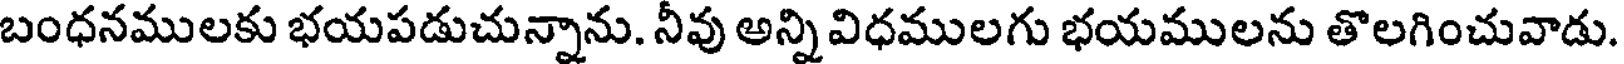
బంధనములకు భయపడుచున్నాను. నీవు అన్ని విధములగు భయములను తొలగించువాడు.